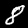
Label: 8